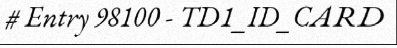
# Entry 98100 - TD1_ID_CARD